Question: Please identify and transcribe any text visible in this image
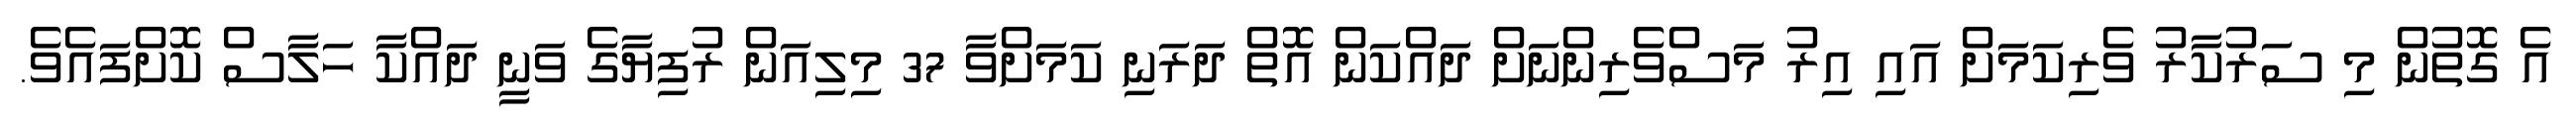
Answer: އެ ގޮތުން މި ސަރުކާރު ވެރިކަމަށް އައި އިރު މަސްވެރިންނަށް ދައްކަން އޮތް ދަރަނި ކަމަށްވާ 37 މިލިއަން ރުފިޔާގެ ވަނީ ދައްކާ ހަލާސް ކޮށްފައެވެ.